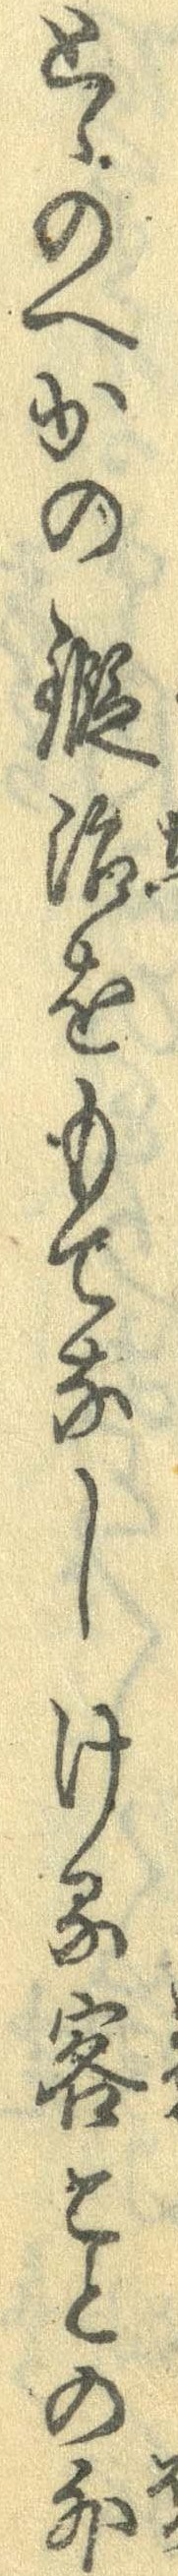
とゝのへかの鍛治をもてなしける客ことの外